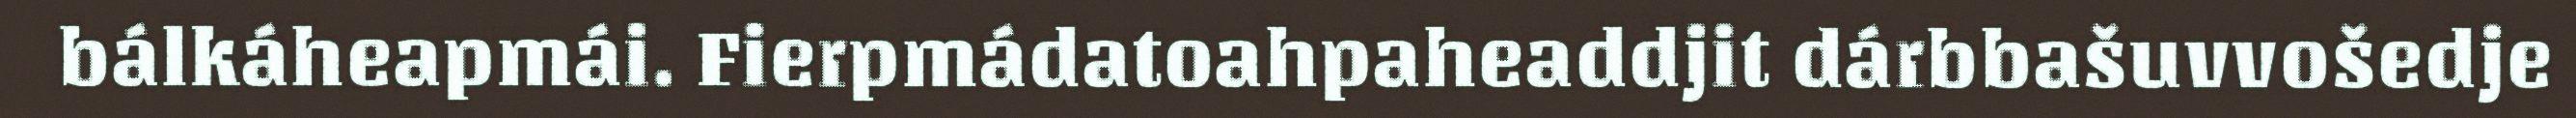
bálkáheapmái. Fierpmádatoahpaheaddjit dárbbašuvvošedje